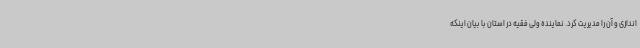
اندازی و آن را مدیریت کرد. نماینده ولی فقیه در استان با بیان اینکه